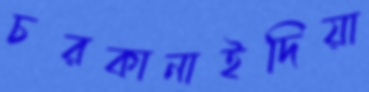
চরকানাইদিয়া